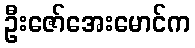
ဦးဇော်အေးမောင်က